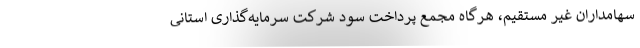
سهامداران غیر مستقیم، هرگاه مجمع پرداخت سود شرکت سرمایه‌گذاری استانی